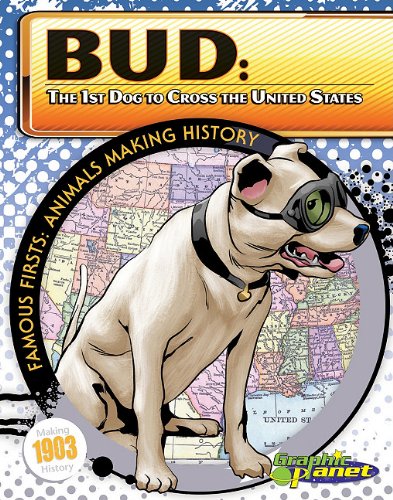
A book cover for Bud: The 1st Dog to Cross the United States (Famous Firsts: Animals Making History (Graphic Planet)); Joeming Dunn; Children's Books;